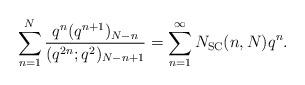
LaTeX: \begin{align*} \sum_{n=1}^{N}\frac{q^n(q^{n+1})_{N-n}}{(q^{2n};q^2)_{N-n+1}}=\sum_{n=1}^{\infty}N_{\textup{SC}}(n, N)q^n.\end{align*}